Lunatic asylums Punjab 1895-1910 - 1895-1910
Year: 1895
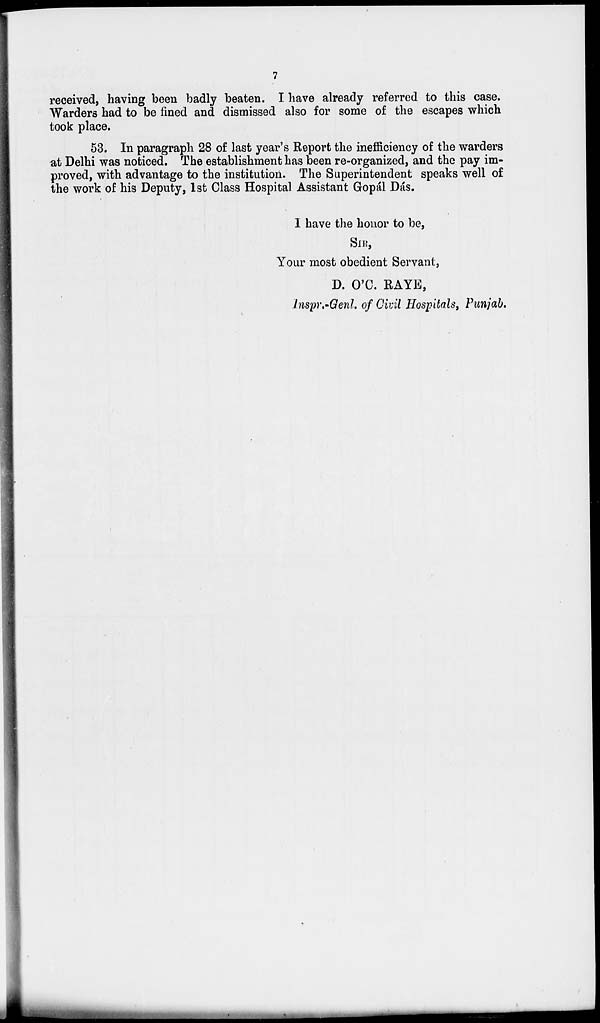
7
received, having been badly beaten. I have already referred to this case.
Warders had to be fined and dismissed also for some of the escapes which
took place.
53. In paragraph 28 of last year's Report the inefficiency of the warders
at Delhi was noticed. The establishment has been re-organized, and the pay im-
proved, with advantage to the Institution. The Superintendent speaks well of
the work of his Deputy, 1st Class Hospital Assistant Gopál Dás.
I have the honor to be,
SIR,
Your most obedient Servant,
D. O'C. RAYE,
Inspr.-Genl. of Civil Hospitals, Punjab.